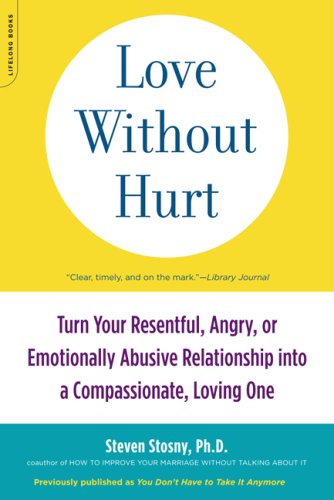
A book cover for Love Without Hurt: Turn Your Resentful, Angry, or Emotionally Abusive Relationship into a Compassionate, Loving One; Steven Stosny; Self-Help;